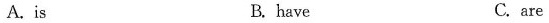
A.is B. have C. are